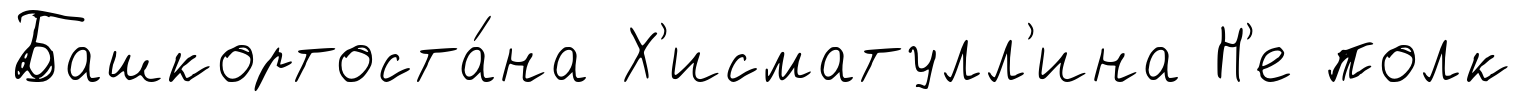
Башкортоста́на Х'исматулл'ина Н'е полк